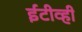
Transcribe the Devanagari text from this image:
ईटीव्ही